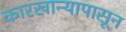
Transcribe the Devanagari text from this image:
कारखान्यापासून